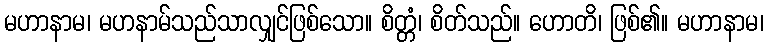
မဟာနာမ၊ မဟနာမ်သည်သာလျှင်ဖြစ်သော။ စိတ္တံ၊ စိတ်သည်။ ဟောတိ၊ ဖြစ်၏။ မဟာနာမ၊